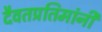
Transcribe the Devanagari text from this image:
दैवतप्रतिमांनी